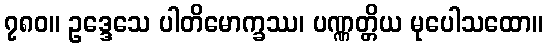
၇၈၀။ ဥဒ္ဒေသေ ပါတိမောက္ခဿ၊ ပဏ္ဏတ္တိယ မုပေါသထော။